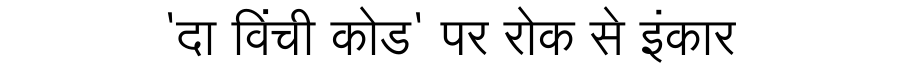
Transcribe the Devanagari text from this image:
'दा विंची कोड' पर रोक से इंकार